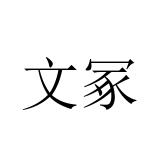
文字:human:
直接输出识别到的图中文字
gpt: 文冢